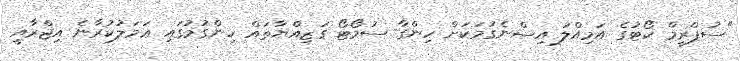
"ސުޕްރީމް ކޯޓުގެ އަމިއްލަ އިސްނެގުމަކަށް ހިންގާ ސުމޯޓޯ ގަޒިއްޔާތައް ހިންގުމުގައި ޢަމަލުކުރާނެ އިޖްރާއީ